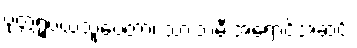
ပုတ္တရူပယသူပေတာ၊ သားသမီးအရောင်အဆင်း